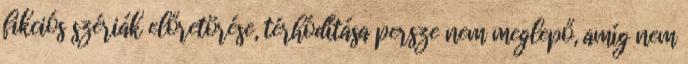
fikciós szériák előretörése, térhódítása persze nem meglepő, amíg nem